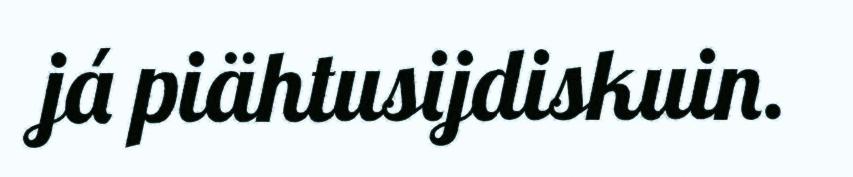
já piähtusijdiskuin.